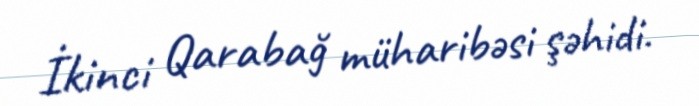
İkinci Qarabağ müharibəsi şəhidi.